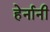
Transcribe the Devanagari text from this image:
हेर्नानी